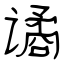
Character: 谲